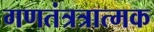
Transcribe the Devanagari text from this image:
गणतंत्रत्रात्मक